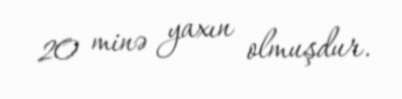
20 minə yaxın olmuşdur.